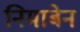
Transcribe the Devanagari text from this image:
निमाबेन